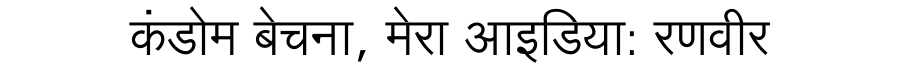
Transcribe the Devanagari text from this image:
कंडोम बेचना, मेरा आइडिया: रणवीर